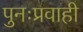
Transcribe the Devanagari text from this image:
पुनःप्रवाही